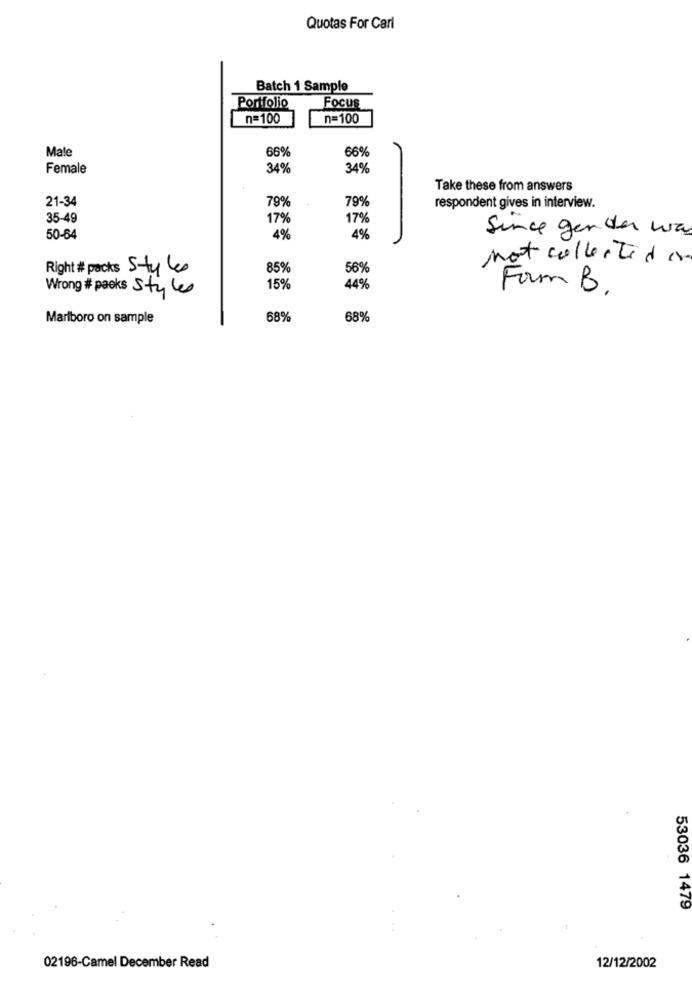
Quotas For Carl
Batch 1 Sample
Portfolio
Focus
n=100
n=100
Male
66%
66%
Female
34%
34%
Take these from answers
79%
79%
21-34
respondent gives in interview.
35-49
17%
17%
Since gender wa
50-64
4%
4%
not collected in
85%
56%
Right # packs Style
Wrong # packs Style
15%
44%
Form B.
Marlboro on sample
68
68%
53036 1479
02196-Camel December Read
12/12/2002